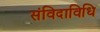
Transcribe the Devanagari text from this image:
संविदाविधि